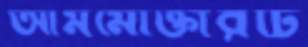
আমমোক্তারটি